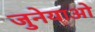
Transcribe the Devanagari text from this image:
जुनेयाओ